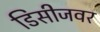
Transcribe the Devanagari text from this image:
डिसीजवर